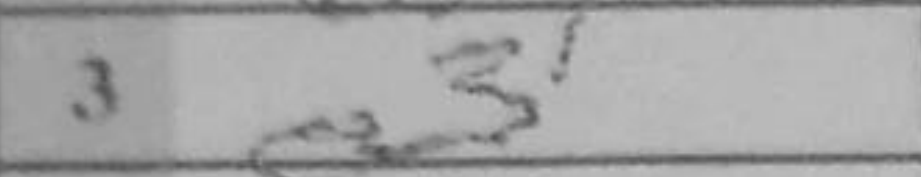
Transcription: e3